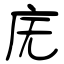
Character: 庑